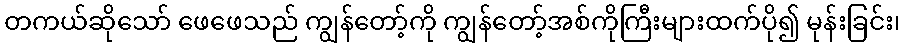
တကယ်ဆိုသော် ဖေဖေသည် ကျွန်တော့်ကို ကျွန်တော့်အစ်ကိုကြီးများထက်ပို၍ မုန်းခြင်း၊